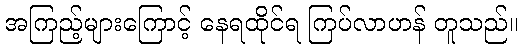
အကြည့်များကြောင့် နေရထိုင်ရ ကြပ်လာဟန် တူသည်။